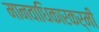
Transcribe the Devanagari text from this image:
मानवाधिकारकर्मी